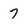
Character: 7